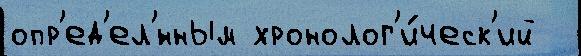
опр'ед'ел'́нным хронолог'и́ческ'ий